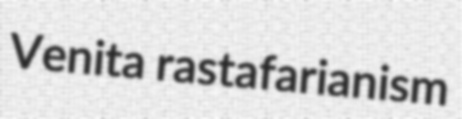
Venita rastafarianism